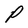
Character: P